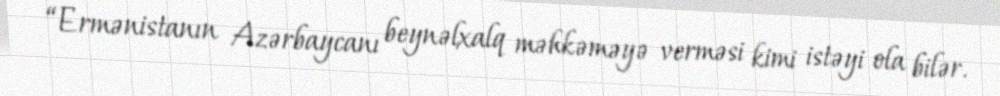
“Ermənistanın Azərbaycanı beynəlxalq məhkəməyə verməsi kimi istəyi ola bilər.